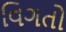
વિગતો